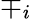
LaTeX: \mp_{i}